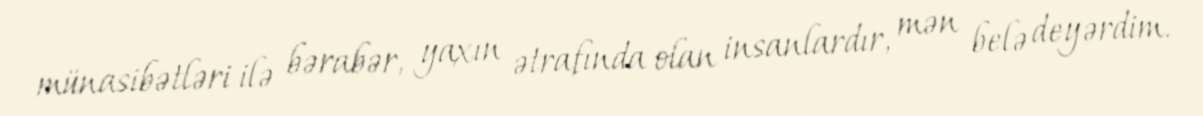
münasibətləri ilə bərabər, yaxın ətrafında olan insanlardır, mən belə deyərdim.